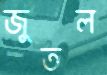
জুতল